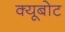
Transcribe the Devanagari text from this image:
क्यूबोट